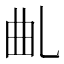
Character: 𠃪